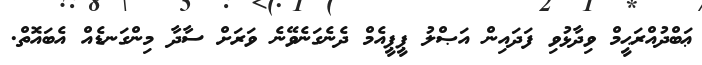
ޢަބްދުއްރަޙީމް ވިދާޅުވި ފަދައިން އަޞްލު ޕީޕީއެމް ދެނެގަނެވޭނެ ވަރަށް ސާދާ މިންގަނޑެއް އެބައޮތް.